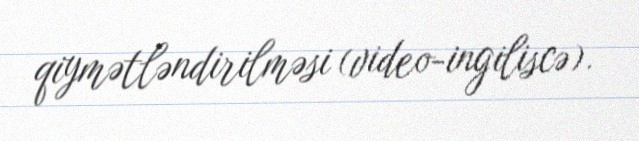
qiymətləndirilməsi (video-ingiliscə).